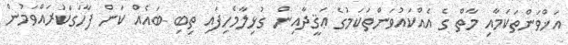
އަޚްވަންތަކަމާއި މާތް ގެ އެއްކައުވަންތަކަމުގެ ޢަޤީދާއިން ގުޅިލާމެހިފައި ތިބި ބައެއް ކަން ފާހަގަކުރައްވަމުން